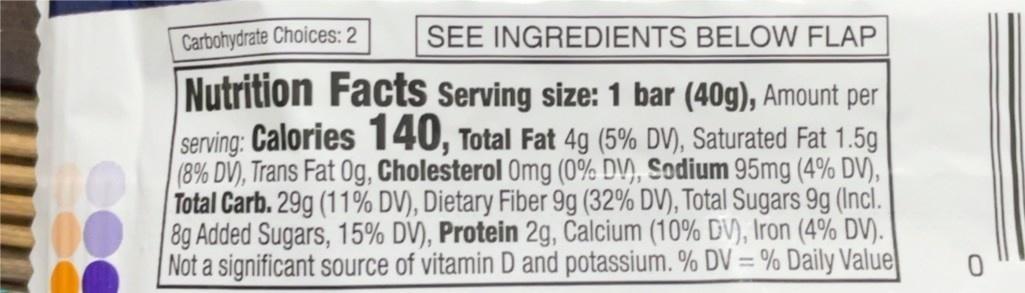
Carbohydrate Choices: 2
SEE INGREDIENTS BELOW FLAP
Nutrition Facts Serving size: 1 bar (40g), Amount per serving: Calories 140, Total Fat 4g (5% DV), Saturated Fat 1.5g (8% DV), Trans Fat Og, Cholesterol Omg (0% DV), Sodium 95mg (4% DV), Total Carb. 29g (11% DV), Dietary Fiber 9g (32% DV), Total Sugars 9g (Incl. 8g Added Sugars, 15% DV), Protein 2g, Calcium (10% DV), Iron (4% DV). Not a significant source of vitamin D and potassium. % DV = % Daily Value